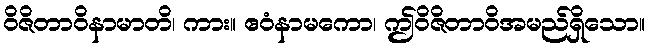
ဝိဇိတာဝိနာမာတိ၊ ကား။ ဧဝံနာမကော၊ ဤဝိဇိတာဝိအမည်ရှိသော။